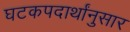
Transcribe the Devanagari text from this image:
घटकपदार्थांनुसार